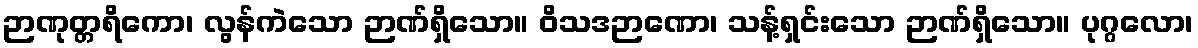
ဉာဏုတ္တရိကော၊ လွန်ကဲသော ဉာဏ်ရှိသော။ ဝိသဒဉာဏော၊ သန့်ရှင်းသော ဉာဏ်ရှိသော။ ပုဂ္ဂလော၊